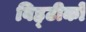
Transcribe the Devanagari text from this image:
विह्टीको